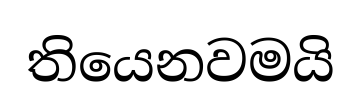
තියෙනවමයි